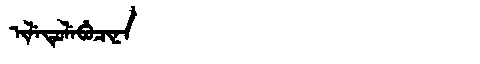
Manchu: ᡳᠯᡝᡨᡠᠯᡝᠪᡠᠴᡳᠨᠠ
Romanization: ILETULEBUCINA